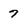
Character: 7